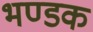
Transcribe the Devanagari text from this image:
भण्डक